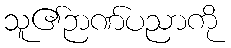
သူ၏ဉာဏ်ပညာကို